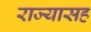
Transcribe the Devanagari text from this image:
राज्यासह